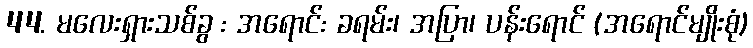
44. မလေးရှားသစ်ခွ : အရောင်: ခရမ်း၊ အပြာ၊ ပန်းရောင် (အရောင်မျိုးစုံ)